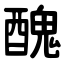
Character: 醜